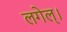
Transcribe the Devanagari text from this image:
लगेल्।